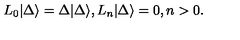
L _ { 0 } | \Delta \rangle = \Delta | \Delta \rangle , L _ { n } | \Delta \rangle = 0 , n > 0 .